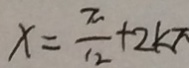
x = \frac { x } { 1 2 } + 2 k \pi